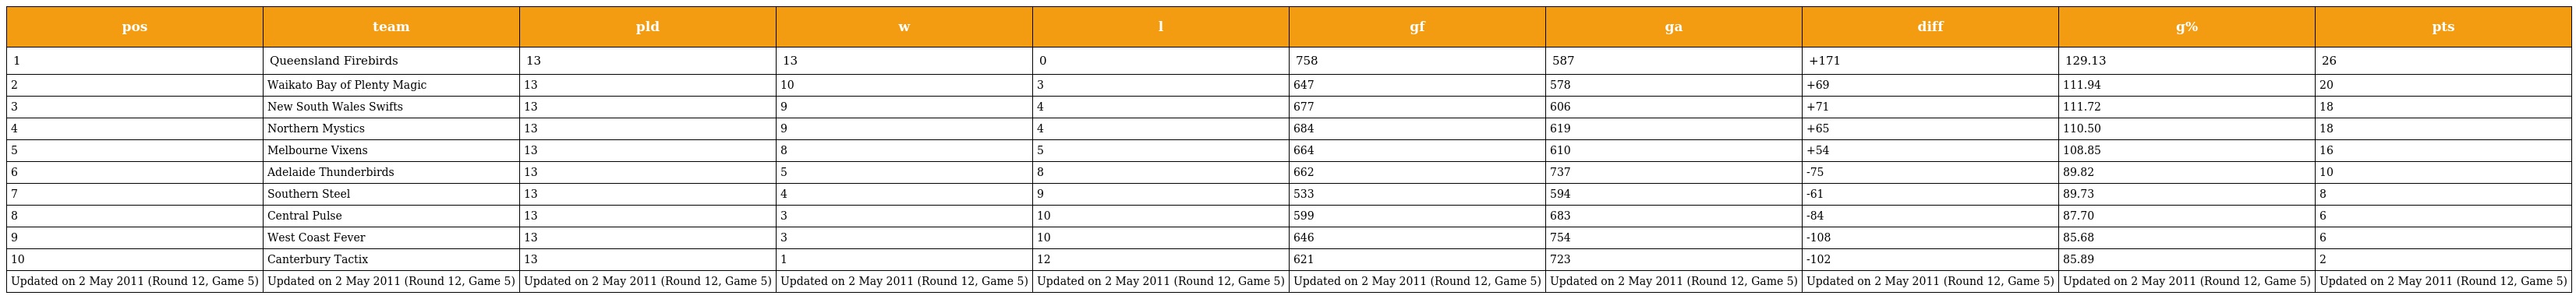
| pos | team | pld | w | l | gf | ga | diff | g% | pts |
 | --- | --- | --- | --- | --- | --- | --- | --- | --- | --- |
 | 1 | Queensland Firebirds | 13 | 13 | 0 | 758 | 587 | +171 | 129.13 | 26 |
 | 2 | Waikato Bay of Plenty Magic | 13 | 10 | 3 | 647 | 578 | +69 | 111.94 | 20 |
 | 3 | New South Wales Swifts | 13 | 9 | 4 | 677 | 606 | +71 | 111.72 | 18 |
 | 4 | Northern Mystics | 13 | 9 | 4 | 684 | 619 | +65 | 110.50 | 18 |
 | 5 | Melbourne Vixens | 13 | 8 | 5 | 664 | 610 | +54 | 108.85 | 16 |
 | 6 | Adelaide Thunderbirds | 13 | 5 | 8 | 662 | 737 | -75 | 89.82 | 10 |
 | 7 | Southern Steel | 13 | 4 | 9 | 533 | 594 | -61 | 89.73 | 8 |
 | 8 | Central Pulse | 13 | 3 | 10 | 599 | 683 | -84 | 87.70 | 6 |
 | 9 | West Coast Fever | 13 | 3 | 10 | 646 | 754 | -108 | 85.68 | 6 |
 | 10 | Canterbury Tactix | 13 | 1 | 12 | 621 | 723 | -102 | 85.89 | 2 |
 | Updated on 2 May 2011 (Round 12, Game 5) | Updated on 2 May 2011 (Round 12, Game 5) | Updated on 2 May 2011 (Round 12, Game 5) | Updated on 2 May 2011 (Round 12, Game 5) | Updated on 2 May 2011 (Round 12, Game 5) | Updated on 2 May 2011 (Round 12, Game 5) | Updated on 2 May 2011 (Round 12, Game 5) | Updated on 2 May 2011 (Round 12, Game 5) | Updated on 2 May 2011 (Round 12, Game 5) | Updated on 2 May 2011 (Round 12, Game 5) |